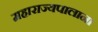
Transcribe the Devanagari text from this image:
महाराज्यपालाना